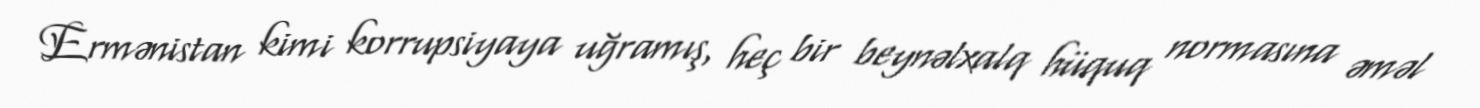
Ermənistan kimi korrupsiyaya uğramış, heç bir beynəlxalq hüquq normasına əməl